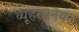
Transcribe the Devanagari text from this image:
व्यूहरचनेवर